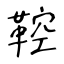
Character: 鞚